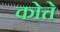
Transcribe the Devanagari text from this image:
कोत्ते